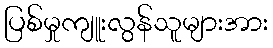
ပြစ်မှုကျူးလွန်သူများအား